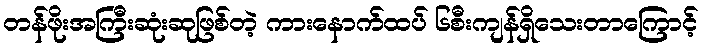
တန်ဖိုးအကြီးဆုံးဆုဖြစ်တဲ့ ကားနောက်ထပ် ၆စီးကျန်ရှိသေးတာကြောင့်